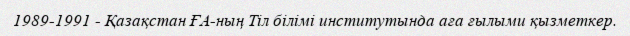
1989-1991 - Қазақстан ҒА-ның Тіл білімі институтында аға ғылыми қызметкер.